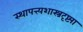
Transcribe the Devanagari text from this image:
स्थापत्त्यशास्त्रदृष्ट्या